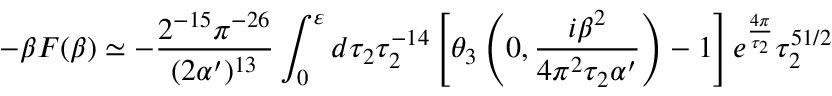
- \beta { \cal F } ( \beta ) \simeq - \frac { 2 ^ { - 1 5 } \pi ^ { - 2 6 } } { ( 2 \alpha ^ { \prime } ) ^ { 1 3 } } \int _ { 0 } ^ { \varepsilon } d \tau _ { 2 } \tau _ { 2 } ^ { - 1 4 } \left[ \theta _ { 3 } \left( 0 , \frac { i \beta ^ { 2 } } { 4 \pi ^ { 2 } \tau _ { 2 } \alpha ^ { \prime } } \right) - 1 \right] e ^ { \frac { 4 \pi } { \tau _ { 2 } } } \tau _ { 2 } ^ { 5 1 / 2 }